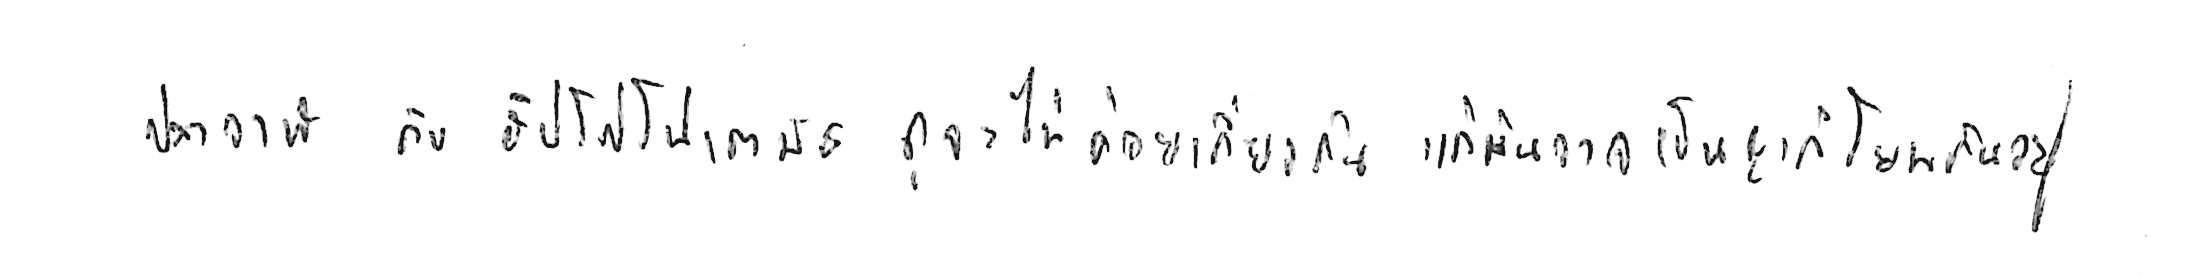
ปลาวาฬ กับ ฮิปโปโปเตมัส ดูจะไม่ค่อยเกี่ยวกัน แต่มันอาจเป็นญาติโยมกันอยู่